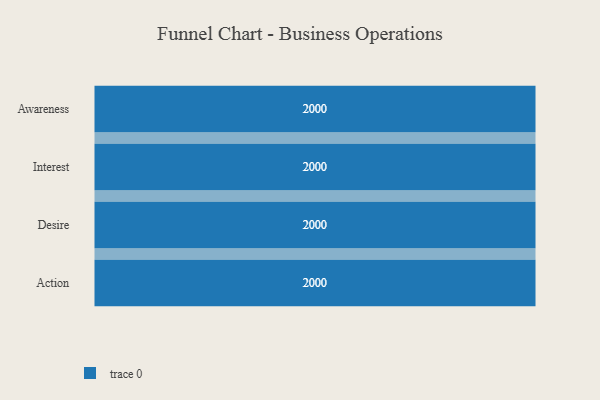
{"axis": {"x": "Stage", "y": "Value"}, "legend": [""], "data": [{"x": "Awareness", "y": 2000, "type": ""}, {"x": "Interest", "y": 2000, "type": ""}, {"x": "Desire", "y": 2000, "type": ""}, {"x": "Action", "y": 2000, "type": ""}]}